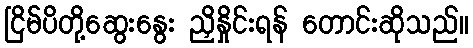
ငြိမ်ပိတို့ဆွေးနွေး ညှိနှိုင်းရန် တောင်းဆိုသည်။